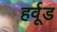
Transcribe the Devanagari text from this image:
हर्वूड